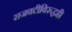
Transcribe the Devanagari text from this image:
राजवटीविरुद्धही